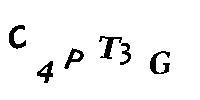
C4PT3G